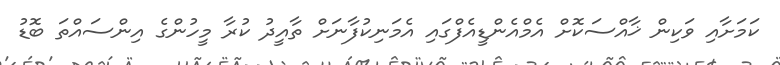
ކަމަށާއި ވަކިން ޚާއްސަކޮށް އެމްއެންޑީއެފްގައި އެމަނިކުފާނަށް ތާއީދު ކުރާ މީހުންގެ އިންސައްތަ ބޮޑު